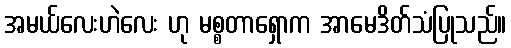
အမယ်လေးဟဲလေး ဟု မစ္စတာရှောက အာမေဒိတ်သံပြုသည်။